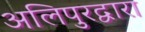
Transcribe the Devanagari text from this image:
अलिपुरद्वारा